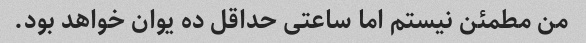
من مطمئن نیستم اما ساعتی حداقل ده یوان خواهد بود.